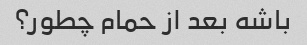
باشه بعد از حمام چطور؟